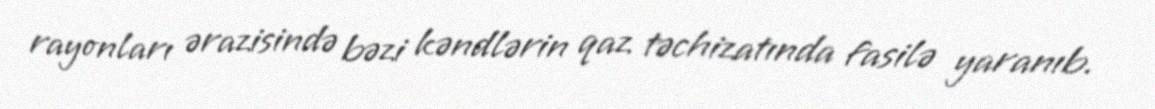
rayonları ərazisində bəzi kəndlərin qaz təchizatında fasilə yaranıb.